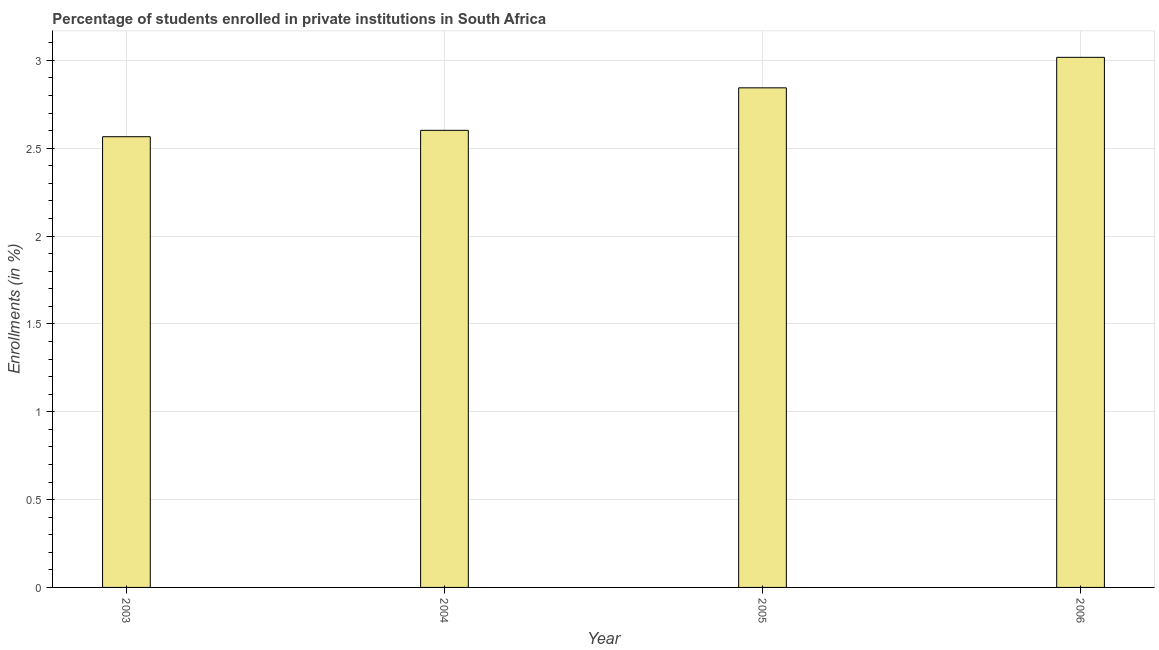
| Year | Enrollments |
 | --- | --- |
 | 2003 | 2.57 |
 | 2004 | 2.6 |
 | 2005 | 2.84 |
 | 2006 | 3.02 |